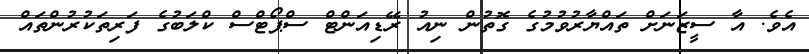
އެވެ. އާ ސީޒަނަށް ތައްޔާރުވުމުގެ ގޮތުން ނިއު ރޭޑިއަންޓް ސްޕޯޓްސް ކްލަބުގެ ފަރިތަކުރުންތައް